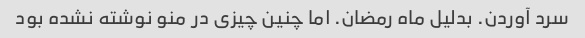
سرد آوردن. بدلیل ماه رمضان. اما چنین چیزی در منو نوشته نشده بود